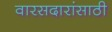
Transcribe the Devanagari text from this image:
वारसदारांसाठी